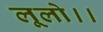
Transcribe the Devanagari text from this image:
लूलो।।